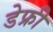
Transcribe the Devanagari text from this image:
डेफ्री